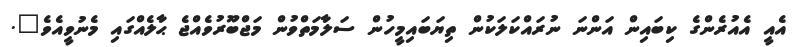
އެއީ އެއުރެންގެ ކިބައިން އަންނަ ނުރައްކަލަކުން ތިޔަބައިމީހުން ސަލާމަތްވުން މަޖްބޫރުވެއްޖެ ޙާލެއްގައި މެނުވީއެވެ".